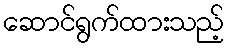
ဆောင်ရွက်ထားသည့်